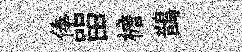
俸㽞檐鵲